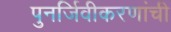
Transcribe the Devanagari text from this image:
पुनर्जिवीकरणांची